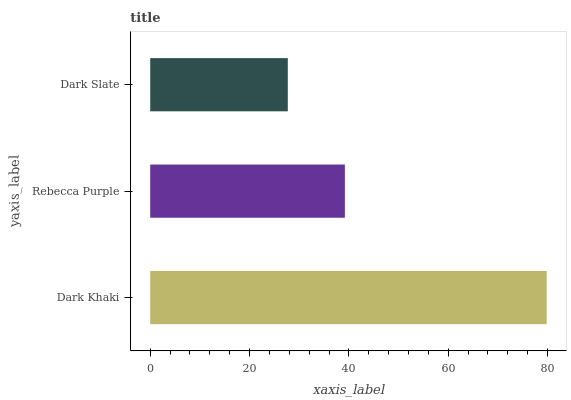
| yaxis_label | bars |
 | --- | --- |
 | Dark Khaki | 79.8 |
 | Rebecca Purple | 39.2 |
 | Dark Slate | 27.7 |